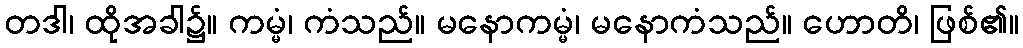
တဒါ၊ ထိုအခါ၌။ ကမ္မံ၊ ကံသည်။ မနောကမ္မံ၊ မနောကံသည်။ ဟောတိ၊ ဖြစ်၏။